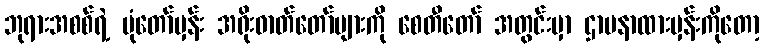
ဘုရားအစစ်ရဲ့ ပုံတော်မှန်း အရိုးဓာတ်တော်များကို စေတီတော် အတွင်းမှာ ဌာပနာထားမှန်းကိုတော့